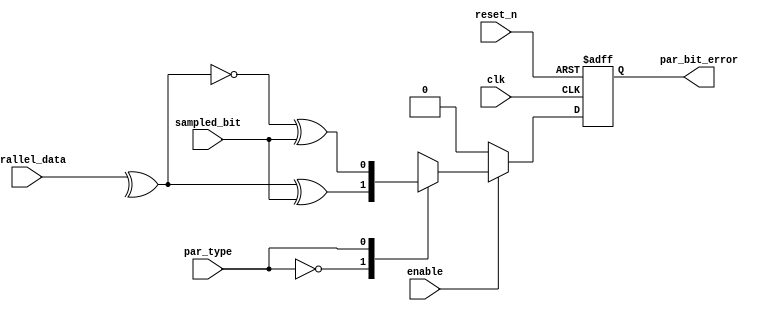
module parity_bit_checker #(parameter DATA_WIDTH = 8) (
	input clk,    // Clock
	input reset_n,  // Asynchronous reset active low
	input enable,
	input par_type,
	input sampled_bit,
	input [DATA_WIDTH-1:0] parallel_data,

	output reg par_bit_error
);

	always @(posedge clk or negedge reset_n) begin
		if(~reset_n) begin
			par_bit_error <= 0;
		end 
		else if(enable) 
		begin
			case(par_type)
				1'b0: 
					par_bit_error <= ^parallel_data ^sampled_bit;
				1'b1:
					par_bit_error <= ~(^parallel_data) ^ sampled_bit;
			endcase // par_type
		end
		else
			par_bit_error <= 0;
	end
endmodule